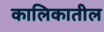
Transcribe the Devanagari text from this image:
कालिकातील